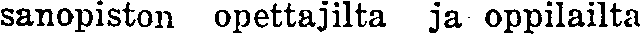
sanopiston opettajilta ja oppilailta